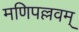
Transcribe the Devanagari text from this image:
मणिपल्लवम्